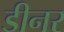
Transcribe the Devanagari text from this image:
डीनर